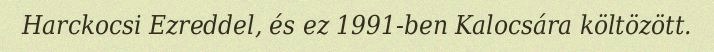
Harckocsi Ezreddel, és ez 1991-ben Kalocsára költözött.